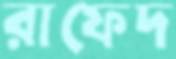
রাফেদ